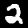
Label: 2